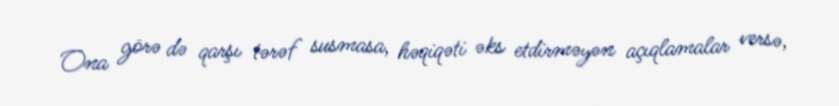
Ona görə də qarşı tərəf susmasa, həqiqəti əks etdirməyən açıqlamalar versə,